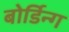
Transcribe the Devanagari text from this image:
बोर्डिन्ग